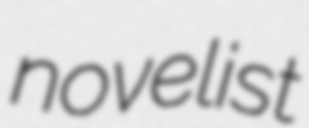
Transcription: novelist